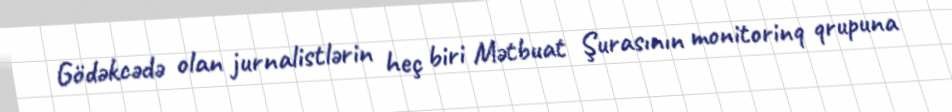
Gödəkcədə olan jurnalistlərin heç biri Mətbuat Şurasının monitorinq qrupuna